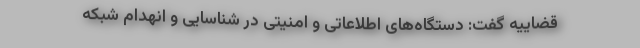
قضاییه گفت: دستگاه‌های اطلاعاتی و امنیتی در شناسایی و انهدام شبکه